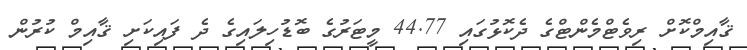
ޤާއިމްކޮށް ރިވެޓްމެންޓްގެ ދެކޮޅުގައި 44.77 މީޓަރުގެ ބޮޑުހިލައިގެ ދެ ފައިކަށި ޤާއިމް ކުރުން